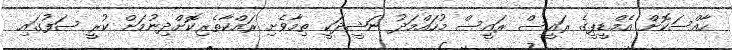
ހާއްސަކޮށް އެމްޑީޕީގެ ރައީސް ރައީސް މުހައްމަދު ނަޝީދަކީ ތިމާވެށި ރައްކާތެރިކޮށްދިނުމަށް ކުރީ ސަފުގައި